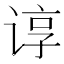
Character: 谆